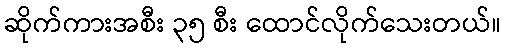
ဆိုက်ကားအစီး ၃၅ စီး ထောင်လိုက်သေးတယ်။